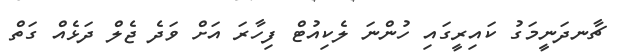
ޗާނދަނީމަގު ކައިރީގައި ހުންނަ ލެކިއުޓް ފިހާރަ އަށް ވަދެ ޖެލް ދަޅެއް ގަތް